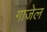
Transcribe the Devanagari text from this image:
गाजेल